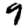
Digit: 9